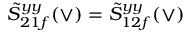
\tilde { S } _ { 2 1 f } ^ { y y } ( \vee ) = \tilde { S } _ { 1 2 f } ^ { y y } ( \vee )